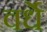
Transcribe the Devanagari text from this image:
वर्धे